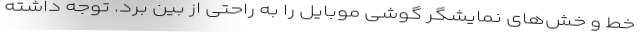
خط و خش‌های نمایشگر گوشی موبایل را به راحتی از بین برد. توجه داشته